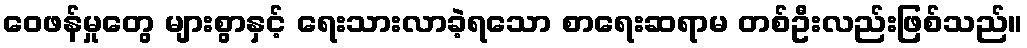
ဝေဖန်မှုတွေ များစွာနှင့် ရေးသားလာခဲ့ရသော စာရေးဆရာမ တစ်ဦးလည်းဖြစ်သည်။